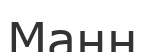
Манн